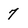
Character: 7